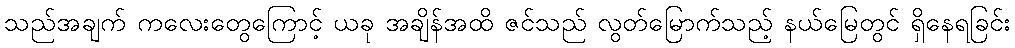
သည်အချက် ကလေးတွေကြောင့် ယခု အချိန်အထိ ဇင်သည် လွတ်မြောက်သည့် နယ်မြေတွင် ရှိနေရခြင်း